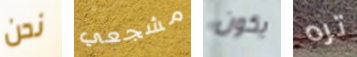
نحن مشجعي يكون تره